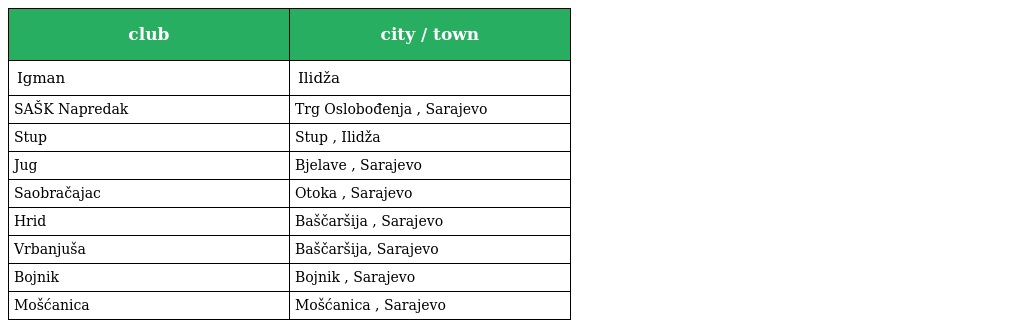
| club | city / town |
 | --- | --- |
 | Igman | Ilidža |
 | SAŠK Napredak | Trg Oslobođenja , Sarajevo |
 | Stup | Stup , Ilidža |
 | Jug | Bjelave , Sarajevo |
 | Saobračajac | Otoka , Sarajevo |
 | Hrid | Baščaršija , Sarajevo |
 | Vrbanjuša | Baščaršija, Sarajevo |
 | Bojnik | Bojnik , Sarajevo |
 | Mošćanica | Mošćanica , Sarajevo |